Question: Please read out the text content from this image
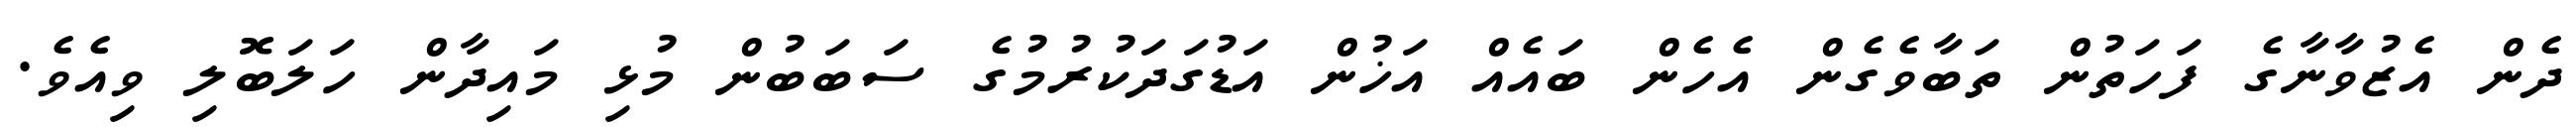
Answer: ދެން އެޒުވާނާގެ ފަހަތުން ތަބާވެގެން އެހެން ބައެއް އަޚުން އަޑުގަދަކުރުމުގެ ސަބަބުން މުޅި މައިދާން ހަލަބޮލި ވިއެވެ.